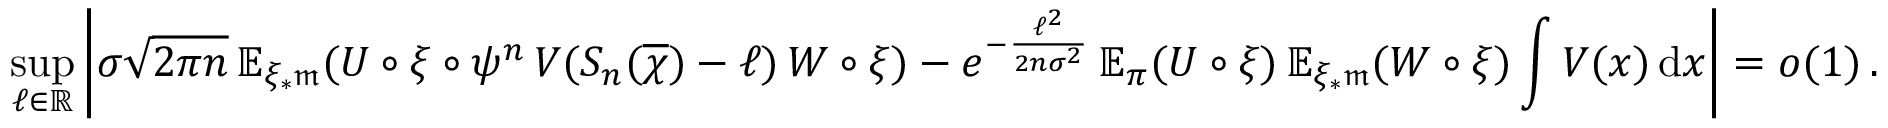
\operatorname* { s u p } _ { \ell \in \mathbb { R } } \left| \sigma \sqrt { 2 \pi n } \, { \mathbb { E } } _ { \xi _ { * } \mathfrak { m } } ( U \circ \xi \circ \psi ^ { n } \, V ( S _ { n } ( \overline { \chi } ) - \ell ) \, W \circ \xi ) - e ^ { - \frac { \ell ^ { 2 } } { 2 n \sigma ^ { 2 } } } \, { \mathbb { E } } _ { \pi } ( U \circ \xi ) \, { \mathbb { E } } _ { \xi _ { * } \mathfrak { m } } ( W \circ \xi ) \int V ( x ) \, \mathrm { d } x \right| = o ( 1 ) \, .